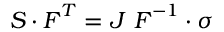
{ \boldsymbol { S } } \cdot { \boldsymbol { F } } ^ { T } = J ~ { \boldsymbol { F } } ^ { - 1 } \cdot { \boldsymbol { \sigma } }